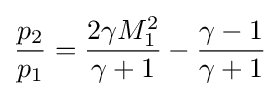
{\frac {p_{2}}{p_{1}}}={\frac {2\gamma M_{1}^{2}}{\gamma +1}}-{\frac {\gamma -1}{\gamma +1}}